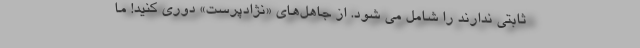
ثابتی ندارند را شامل می شود. از جاهل‌های «نژادپرست» دوری کنید! ما